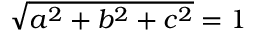
{ \sqrt { a ^ { 2 } + b ^ { 2 } + c ^ { 2 } } } = 1